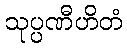
သုပ္ပဏီဟိတံ